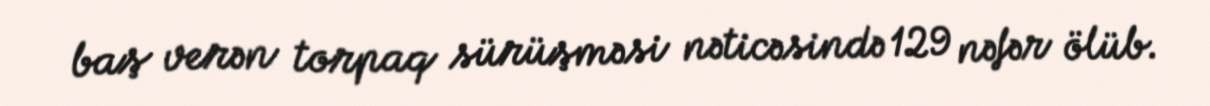
baş verən torpaq sürüşməsi nəticəsində 129 nəfər ölüb.